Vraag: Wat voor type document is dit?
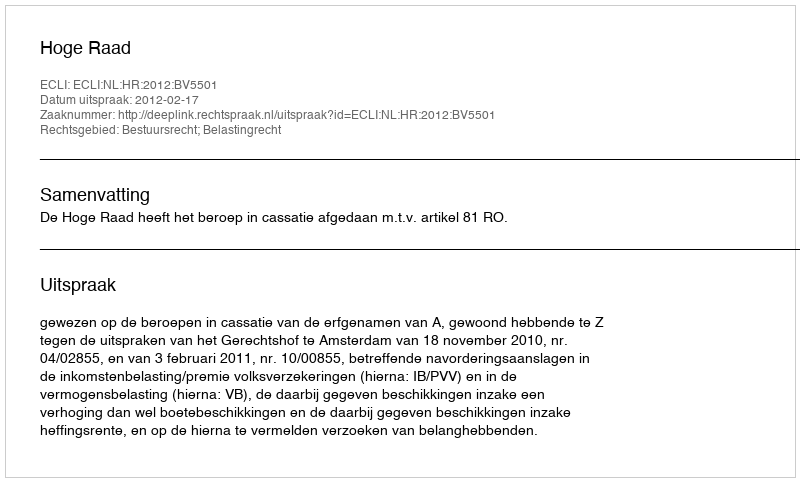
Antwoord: Uitspraak